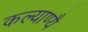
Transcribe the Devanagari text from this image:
कल्याण्यै